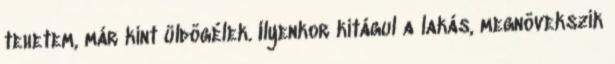
tehetem, már kint üldögélek. Ilyenkor kitágul a lakás, megnövekszik